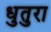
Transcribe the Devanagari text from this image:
धुतुरा